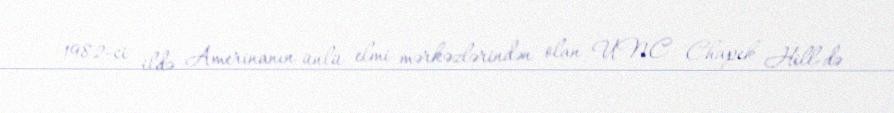
1982-ci ildə Amerinanın ünlü elmi mərkəzlərindən olan UNC Chapek Hill-də